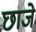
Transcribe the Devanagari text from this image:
छाजे